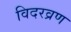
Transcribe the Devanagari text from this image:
विदरव्रण